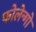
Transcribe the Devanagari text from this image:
फोलेन्गो